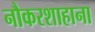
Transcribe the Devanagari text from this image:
नौकरशाहाना